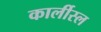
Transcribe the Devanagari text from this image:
कार्लीस्ल